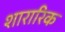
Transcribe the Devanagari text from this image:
शारारिक